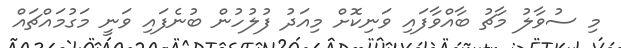
މި ސުވާލު މާޗު ބާއްވާފައި ވަނިކޮށް މިއަދު ފުލުހުން ބުނެފައި ވަނީ މަގުމައްޗައް